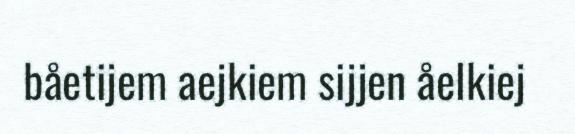
båetijem aejkiem sijjen åelkiej